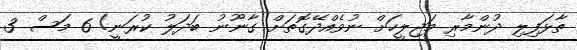
ތާޅަފިލި ދުންމާރި މަޖިލީހަށް ނުވެއްދޭގޮތަށް ގާނޫނު ބަދަލު ކުރަނީ! 6 މަސް 3